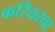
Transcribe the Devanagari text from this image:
करियरचा